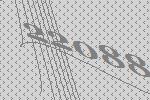
22088